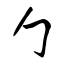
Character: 勹